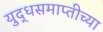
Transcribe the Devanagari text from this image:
युद्धसमाप्तीच्या